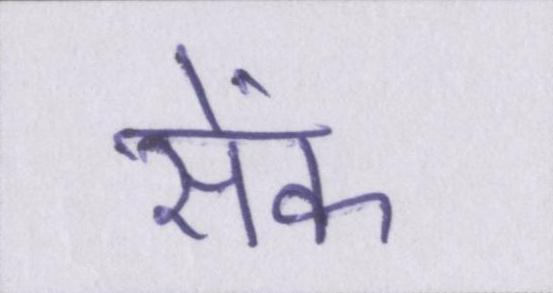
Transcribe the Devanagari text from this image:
सेंक